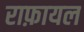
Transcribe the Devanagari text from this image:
राफ़ायल